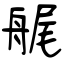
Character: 艉